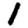
Digit: 1